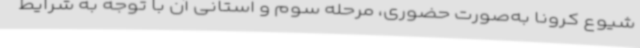
شیوع کرونا به‌صورت حضوری، مرحله سوم و استانی آن با توجه به شرایط